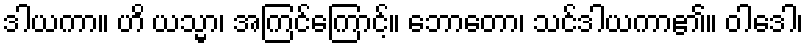
ဒါယကာ။ ဟိ ယသ္မာ၊ အကြင်ကြောင့်။ ဘောတော၊ သင်ဒါယကာ၏။ ဝါဒေါ၊